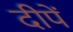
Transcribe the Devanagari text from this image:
दीपें